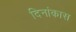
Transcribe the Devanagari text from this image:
दिनांकास